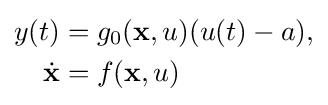
{\begin{aligned}y(t)&=g_{0}({\textbf {x}},u)(u(t)-a),\\{\dot {\textbf {x}}}&=f({\textbf {x}},u)\end{aligned}}